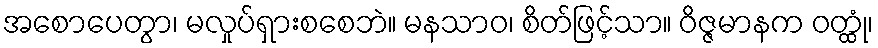
အစောပေတွာ၊ မလှုပ်ရှားစစေဘဲ။ မနသာဝ၊ စိတ်ဖြင့်သာ။ ဝိဇ္ဇမာနက ဝတ္ထုံ၊